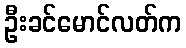
ဦးခင်မောင်လတ်က